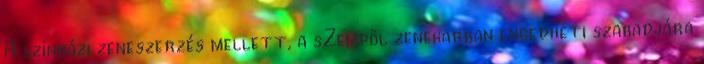
A színházi zeneszerzés mellett, a sZempöl zenekarban engedheti szabadjára